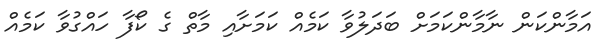
އަމާންކަން ނާމާންކަމަށް ބަދަލުވާ ކަމެއް ކަމަށާއި މާތް ގެ ކޯފާ ހައްގުުވާ ކަމެއް